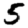
Digit: 5